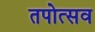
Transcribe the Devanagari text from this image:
तपोत्सव